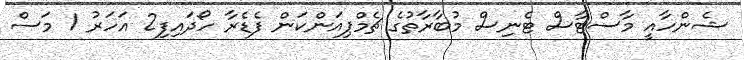
ޝެންހާއީ މާސްޓާސް ޓެނިސް މުބާރާތުގެ ޗެމްޕިއަންކަން ފެޑެރާ ހޯދައިފި2 އަހަރު 1 މަސް